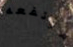
مرتفعه